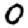
Digit: 0